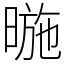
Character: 暆